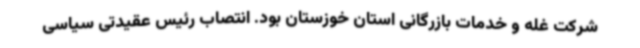
شرکت غله و خدمات بازرگانی استان خوزستان بود. انتصاب رئیس عقیدتی سیاسی